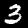
Label: 3